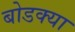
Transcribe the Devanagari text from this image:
बोडक्या